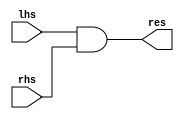
module AND_jalr(
    input [31:0] lhs, rhs,
    output [31:0] res
);
    assign res = lhs & rhs;
endmodule